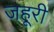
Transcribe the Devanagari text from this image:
जहूरी